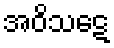
အဝိသဋေ